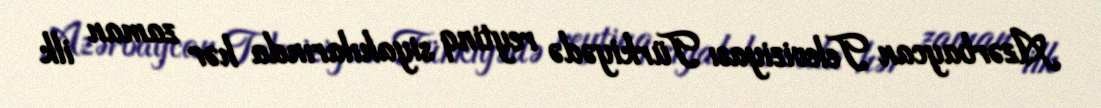
Azərbaycan Televiziyası Türkiyədə reytinq siyahılarında hər zaman ilk